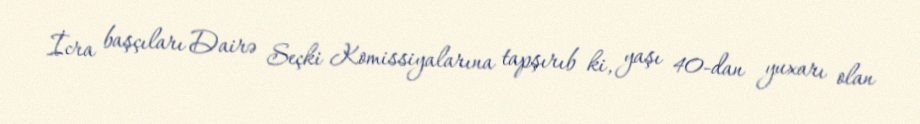
İcra başçıları Dairə Seçki Komissiyalarına tapşırıb ki, yaşı 40-dan yuxarı olan